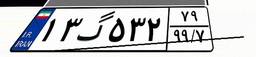
۷۱گ۷۱۶۵۸